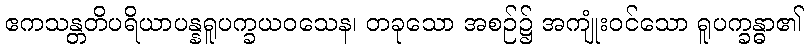
ဧကသန္တတိပရိယာပန္နရူပက္ခယဝသေန၊ တခုသော အစဉ်၌ အကျုံးဝင်သော ရူပက္ခန္ဓာ၏